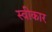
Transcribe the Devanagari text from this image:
स्वीकार